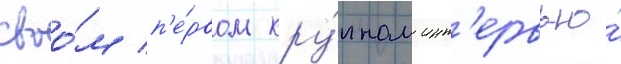
своо́м п'е́рвом кру́пном инт'ервью́